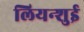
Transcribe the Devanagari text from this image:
लियन्शुई